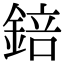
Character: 錇